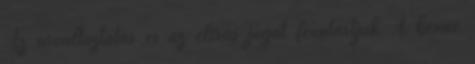
Az árváltoztatás és az elírás jogát fenntartjuk A benne